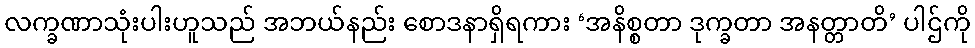
လက္ခဏာသုံးပါးဟူသည် အဘယ်နည်း စောဒနာရှိရကား ‘အနိစ္စတာ ဒုက္ခတာ အနတ္တာတိ’ ပါဌ်ကို